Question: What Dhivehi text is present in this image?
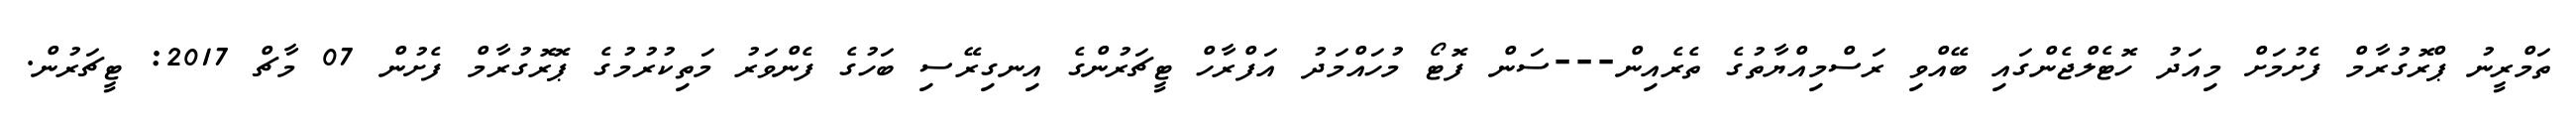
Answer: ތަމްރީނު ޕްރޮގުރާމް ފެށުމަށް މިއަދު ހޮޓެލްޖެންގައި ބޭއްވި ރަސްމިއްޔާތުގެ ތެރެއިން---ސަން ފޮޓޯ މުހައްމަދު އަފްރާހް ޓީޗަރުންގެ އިނގިރޭސި ބަހުގެ ފެންވަރު މަތިކުރުމުގެ ޕޮރޮގުރާމް ފެށުން 07 މާޗް 2017: ޓީޗަރުން.